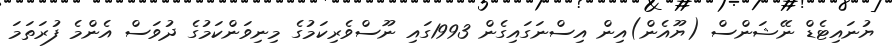
ޔުނައިޓެޑް ނޭޝަންސް (ޔޫއެން)އިން އިސްނަގައިގެން 1993ގައި ނޫސްވެރިކަމުގެ މިނިވަންކަމުގެ ދުވަސް އެންމެ ފުރަތަމަ